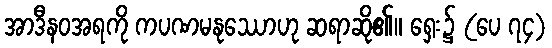
အာဒီနဝအရကို ကပဏမနုဿောဟု ဆရာဆို၏။ ရှေး၌ (ပေ ၇၄)